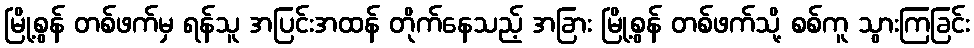
မြို့စွန် တစ်ဖက်မှ ရန်သူ အပြင်းအထန် တိုက်နေသည့် အခြား မြို့စွန် တစ်ဖက်သို့ စစ်ကူ သွားကြခြင်း